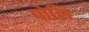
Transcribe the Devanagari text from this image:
पोलि